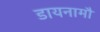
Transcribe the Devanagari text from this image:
डायनामौ